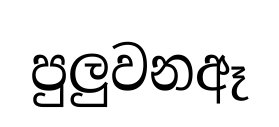
පුලුවනඈ